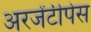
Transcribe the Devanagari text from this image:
अरजेंटीपेस